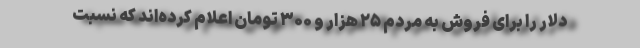
دلار را برای فروش به مردم ۲۵ هزار و ۳۰۰ تومان اعلام کرده‌اند که نسبت